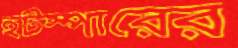
হটস্পারের